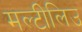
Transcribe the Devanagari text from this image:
मल्टीलिउ